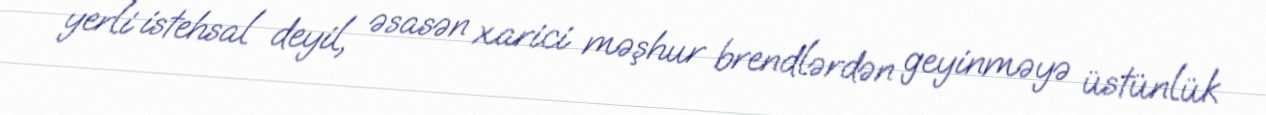
yerli istehsal deyil, əsasən xarici məşhur brendlərdən geyinməyə üstünlük